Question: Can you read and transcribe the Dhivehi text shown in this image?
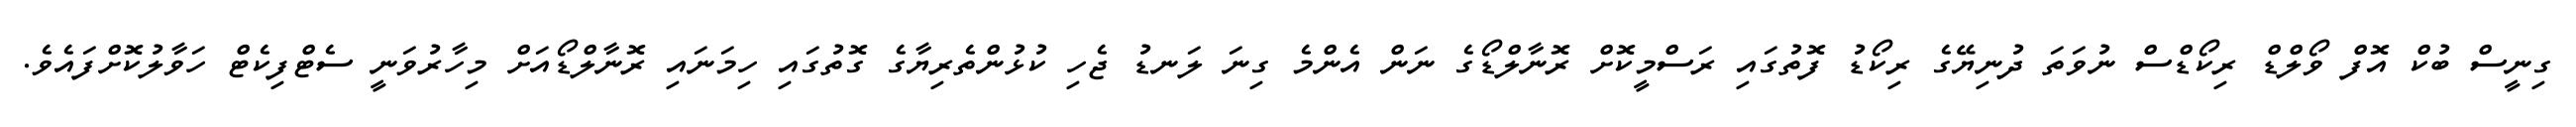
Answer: ގިނީސް ބުކް އޮފް ވޯލްޑް ރިކޯޑްސް ނުވަތަ ދުނިޔޭގެ ރިކޯޑު ފޮތުގައި ރަސްމީކޮށް ރޮނާލްޑޯގެ ނަން އެންމެ ގިނަ ލަނޑު ޖެހި ކުޅުންތެރިޔާގެ ގޮތުގައި ހިމަނައި ރޮނާލްޑޯއަށް މިހާރުވަނީ ސެޓްފިކެޓް ހަވާލުކޮށްފައެވެ.